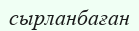
сырланбаған